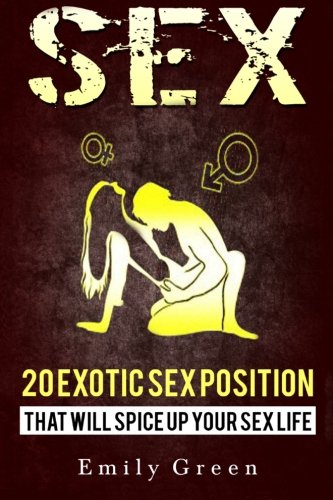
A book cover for Sex: Sex Positions, 20 Exotic Sex Positions That Will Spice Up Your Sex Life (Sex , Sex Positions, Sex Positions In Pictures, Sex Positions With ... Positions Guide, Kama Sutra, Sex In Marriage); Emily Green; Religion & Spirituality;